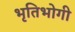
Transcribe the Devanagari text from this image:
भृतिभोगी